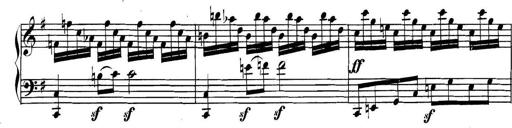
Title: Collected Piano Sonatas
Composer: Muzio Clementi